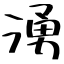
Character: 湧